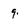
Character: 9